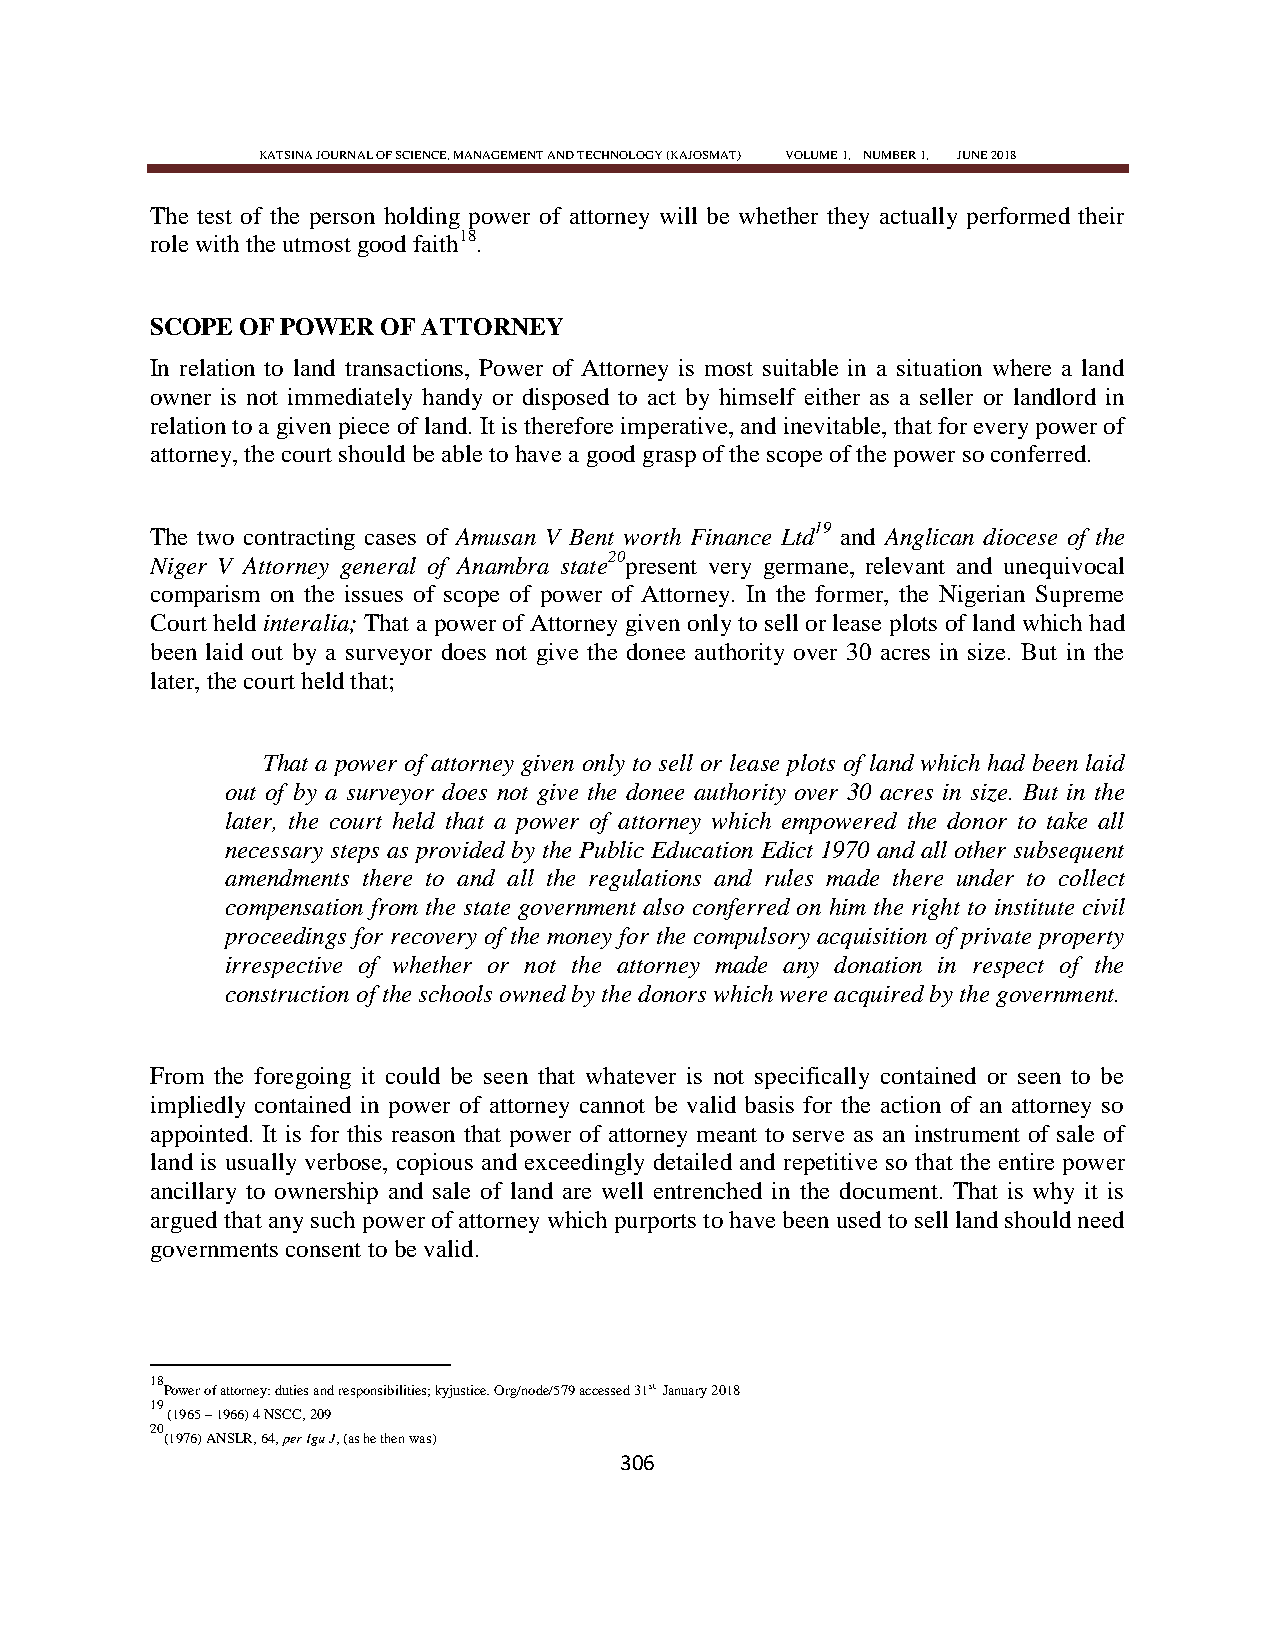
KATSINA JOURNAL OF SCIENCE, MANAGEMENT AND TECHNOLOGY (KAJOSMAT) VOLUME 1, NUMBER 1, JUNE 2018
 The test of the person holding power of attorney will be whether they actually performed their
 role with the utmost good faith18.
 SCOPE OF POWER OF ATTORNEY
 In relation to land transactions, Power of Attorney is most suitable in a situation where a land
 owner is not immediately handy or disposed to act by himself either as a seller or landlord in
 relation to a given piece of land. It is therefore imperative, and inevitable, that for every power of
 attorney, the court should be able to have a good grasp of the scope of the power so conferred.
 The two contracting cases of Amusan V Bent worth Finance Ltd19 and Anglican diocese of the
 Niger V Attorney general of Anambra state20present very germane, relevant and unequivocal
 comparism on the issues of scope of power of Attorney. In the former, the Nigerian Supreme
 Court held interalia; That a power of Attorney given only to sell or lease plots of land which had
 been laid out by a surveyor does not give the donee authority over 30 acres in size. But in the
 later, the court held that;
 That a power of attorney given only to sell or lease plots of land which had been laid
 out of by a surveyor does not give the donee authority over 30 acres in size. But in the
 later, the court held that a power of attorney which empowered the donor to take all
 necessary steps as provided by the Public Education Edict 1970 and all other subsequent
 amendments there to and all the regulations and rules made there under to collect
 compensation from the state government also conferred on him the right to institute civil
 proceedings for recovery of the money for the compulsory acquisition of private property
 irrespective of whether or not the attorney made any donation in respect of the
 construction of the schools owned by the donors which were acquired by the government.
 From the foregoing it could be seen that whatever is not specifically contained or seen to be
 impliedly contained in power of attorney cannot be valid basis for the action of an attorney so
 appointed. It is for this reason that power of attorney meant to serve as an instrument of sale of
 land is usually verbose, copious and exceedingly detailed and repetitive so that the entire power
 ancillary to ownership and sale of land are well entrenched in the document. That is why it is
 argued that any such power of attorney which purports to have been used to sell land should need
 governments consent to be valid.
 18
 Power of attorney: duties and responsibilities; kyjustice. Org/node/579 accessed 31st January 2018
 19
 (1965 – 1966) 4 NSCC, 209
 20
 (1976) ANSLR, 64, per Igu J, (as he then was)
 306